Treatise on elephants
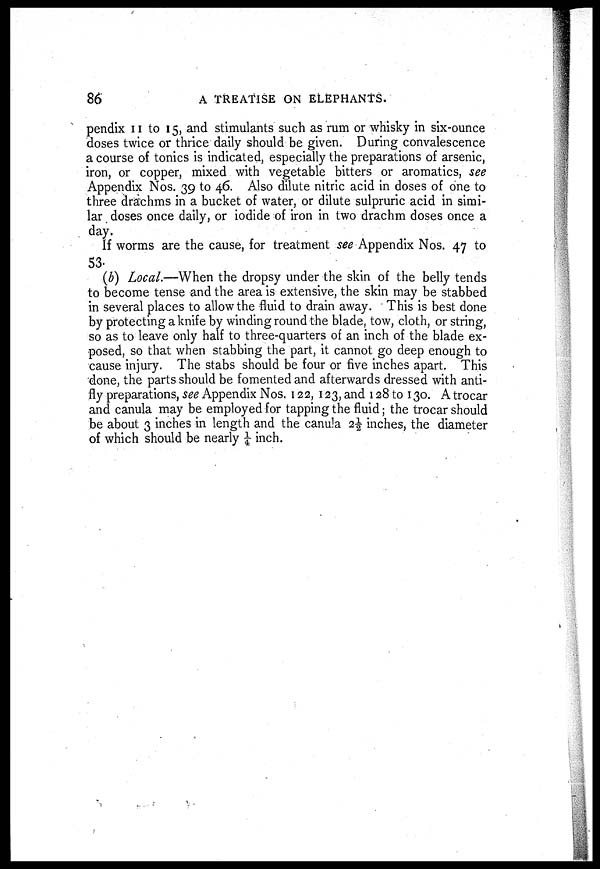
86
A TREATISE ON ELEPHANTS.
pendix 11 to 15, and stimulants such as rum or whisky in six-ounce
doses twice or thrice daily should be given. During convalescence
a course of tonics is indicated, especially the preparations of arsenic,
iron, or copper, mixed with vegetable bitters or aromatics, see
Appendix Nos. 39 to 46. Also dilute nitric acid in doses of one to
three drachms in a bucket of water, or dilute sulpruric acid in simi-
lar doses once daily, or iodide of iron in two drachm doses once a
day.
If worms are the cause, for treatment see Appendix Nos. 47 to
53.
(b) Local.—When the dropsy under the skin of the belly tends
to become tense and the area is extensive, the skin may be stabbed
in several places to allow the fluid to drain away. This is best done
by protecting a knife by winding round the blade, tow, cloth, or string,
so as to leave only half to three-quarters of an inch of the blade ex-
posed, so that when stabbing the part, it cannot go deep enough to
cause injury. The stabs should be four or five inches apart. This
done, the parts should be fomented and afterwards dressed with anti-
fly preparations, see Appendix Nos. 122, 123, and 128 to 130. A trocar
and canula may be employed for tapping the fluid; the trocar should
be about 3 inches in length and the canula 2½ inches, the diameter
of which should be nearly ¼ inch.